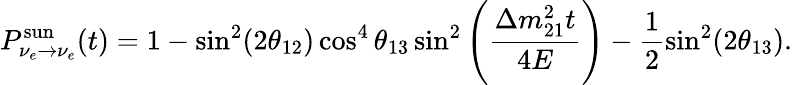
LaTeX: P_{\nu_{e}\rightarrow\nu_{e}}^{\mathrm{sun}}(t)=1-\sin^{2}(2\theta_{12})\cos^{4}\theta_{13}\sin^{2}\left(\frac{\Delta m_{21}^{2}t}{4E}\right)-\frac{1}{2}\sin^{2}(2\theta_{13}).